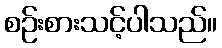
စဉ်းစားသင့်ပါသည်။